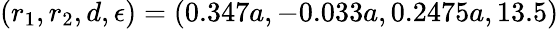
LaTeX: (r_{1},r_{2},d,\epsilon)=(0.347a,-0.033a,0.2475a,13.5)